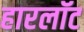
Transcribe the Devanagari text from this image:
हारलॉट